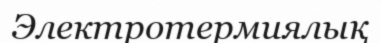
Электротермиялық